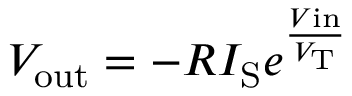
V _ { \mathrm { o u t } } = - R I _ { \mathrm { S } } e ^ { \frac { V { \mathrm { i n } } } { V _ { \mathrm { T } } } }